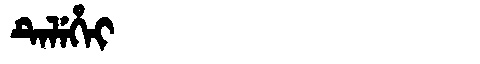
Manchu: ᡨᡝᠯᡝᡥᡝᡳ
Romanization: TELEHEI